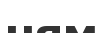
ням